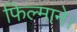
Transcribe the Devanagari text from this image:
फिल्माने।